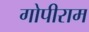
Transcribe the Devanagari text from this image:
गोपीराम